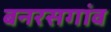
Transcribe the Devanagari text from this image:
बनरसगांव